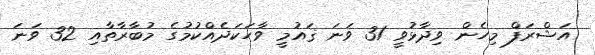
އަޝްރަފް މިހެން ވިދާޅުވީ 31 ވަނަ ޤައުމީ ވާހަކަދެއްކުމުގެ މުބާރާތާއި 32 ވަނަ